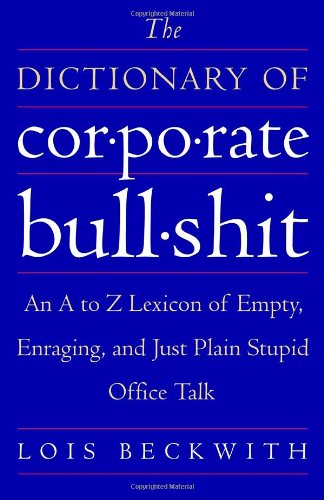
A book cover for The Dictionary of Corporate Bullshit: An A to Z Lexicon of Empty, Enraging, and Just Plain Stupid Office Talk; Lois Beckwith; Humor & Entertainment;